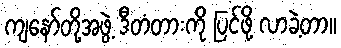
ကျနော်တို့အဖွဲ့ ဒီတံတားကို ပြင်ဖို့ လာခဲ့တာ။